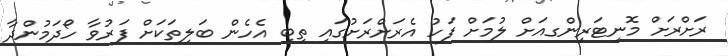
ރަށްރަށް މޮނިޓަރިންގއަށް ލުމަށް ފަހު އެރަަށްރަށުގައި ތިބި އެހެން ބަލިތަކަށް ފަރުވާ ހޯދަމުންދާ